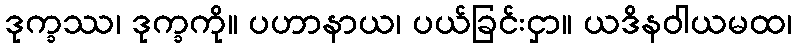
ဒုက္ခဿ၊ ဒုက္ခကို။ ပဟာနာယ၊ ပယ်ခြင်းငှာ။ ယဒိနဝါယမထ၊